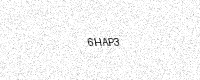
Text: 6HAP3